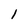
Character: 1